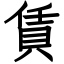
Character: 賃